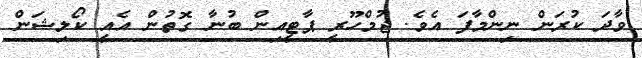
ވާދަ ކުރަން ނިންމާފަ އެވެ. ޖުމްހޫރީ ޕާޓީއިން ބުނާ ގޮތުން އެއީ ކޯލިޝަން